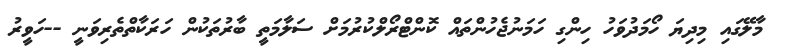
މާލޭގައި މިދިޔަ ހޯމަދުވަހު ހިންގި ހަމަނުޖެހުންތައް ކޮންޓްރޯލްކުރުމަށް ސަލާމަތީ ބާރުތަކުން ހަރަކާތްތެރިވަނީ --ހަވީރު